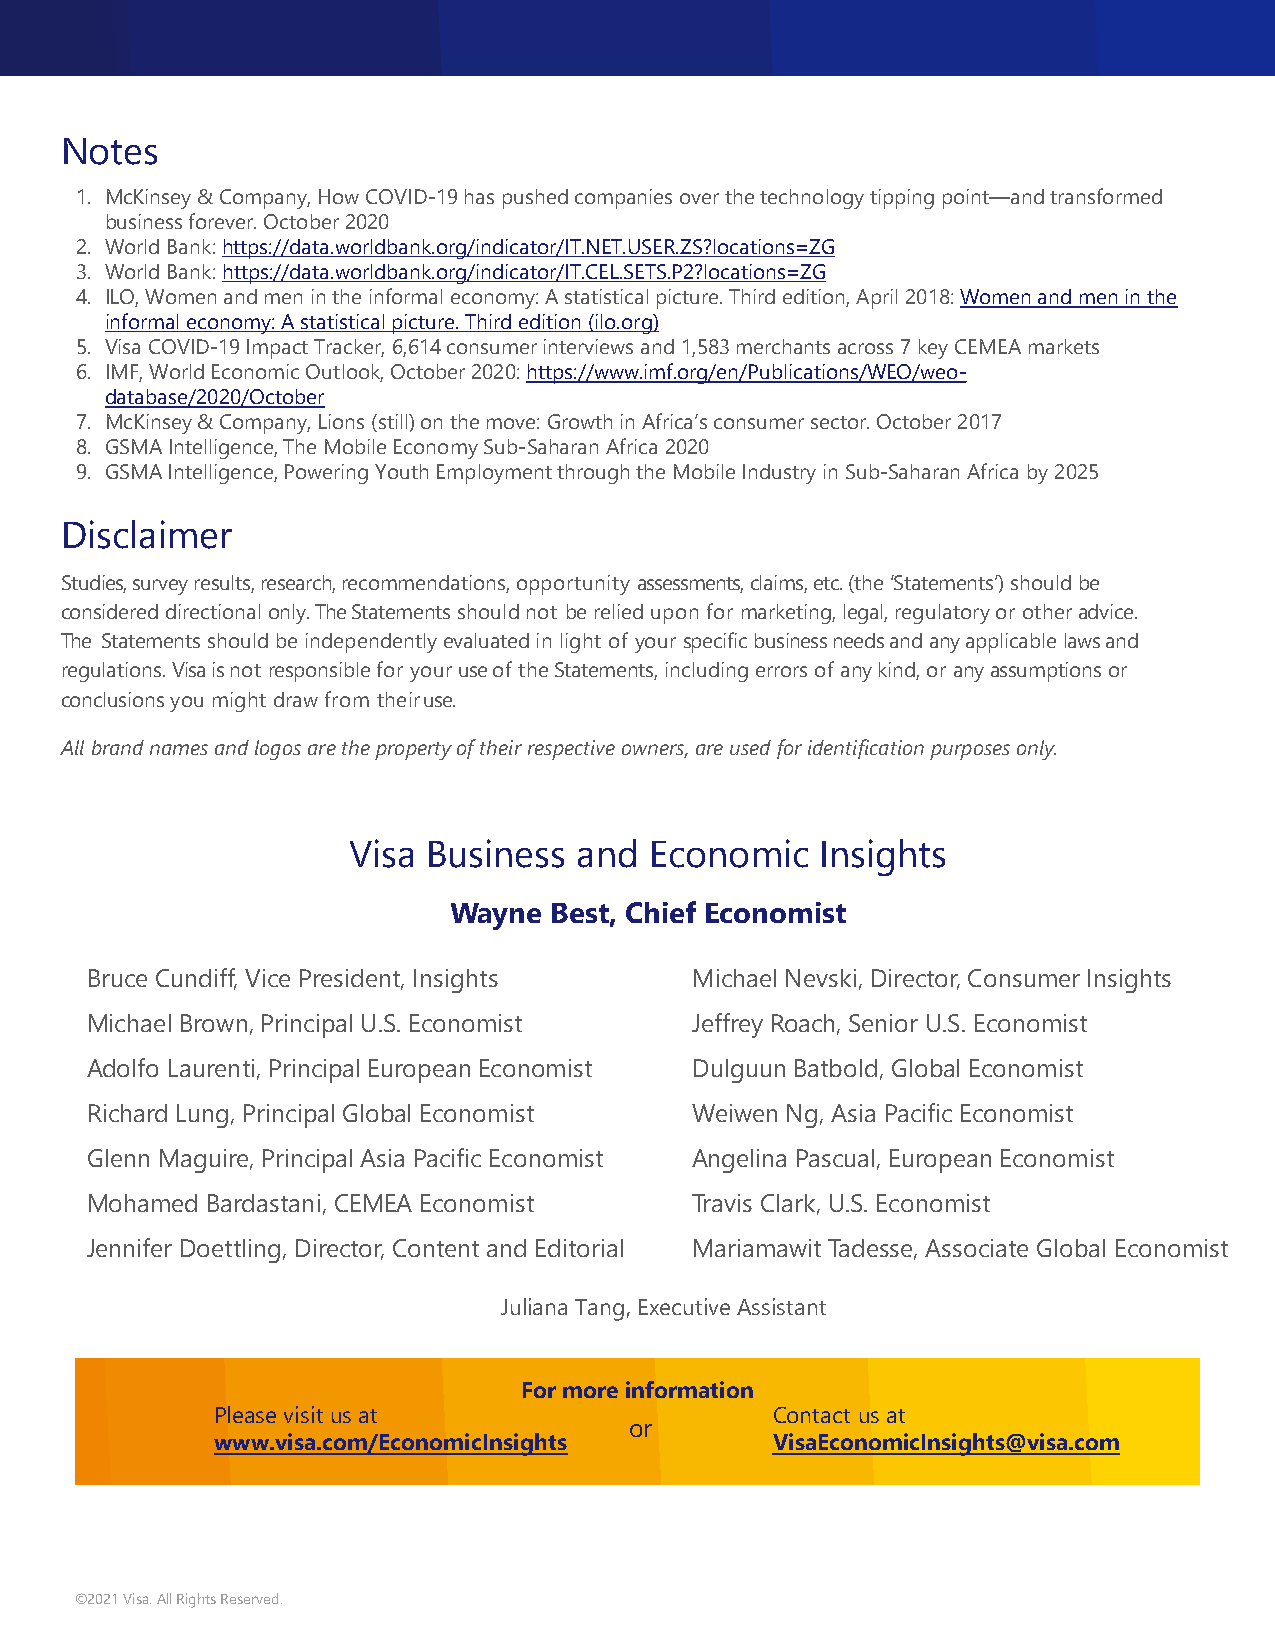
Notes
 1. McKinsey & Company, How COVID-19 has pushed companies over the technology tipping point—and transformed
 business forever. October 2020
 2. World Bank:https://data.worldbank.org/indicator/IT.NET.USER.ZS?locations=ZG
 3. World Bank:https://data.worldbank.org/indicator/IT.CEL.SETS.P2?locations=ZG
 4. ILO, Women and men in the informal economy: A statistical picture. Third edition, April 2018: Women and men in the
 informal economy: A statistical picture. Third edition (ilo.org)
 5. Visa COVID-19 Impact Tracker, 6,614 consumer interviews and 1,583 merchants across 7 key CEMEA markets
 6. IMF, World Economic Outlook, October 2020:https://www.imf.org/en/Publications/WEO/weo-
 database/2020/October
 7. McKinsey & Company, Lions (still) on the move: Growth in Africa’s consumer sector. October 2017
 8. GSMA Intelligence, The Mobile Economy Sub-Saharan Africa 2020
 9. GSMA Intelligence, Powering Youth Employment through the Mobile Industry in Sub-Saharan Africa by 2025
 Disclaimer
 Studies, survey results, research, recommendations, opportunity assessments, claims, etc. (the ‘Statements’) should be
 considered directional only. The Statements should not be relied upon for marketing, legal, regulatory or other advice.
 The Statements should be independently evaluated in light of your specific business needs and any applicable laws and
 regulations. Visa is not responsible for your use of the Statements, including errors of any kind, or any assumptions or
 conclusions you might draw from theiruse.
 All brand names and logos are the property of their respective owners, are used for identification purposes only.
 Visa Business  and  Economic   Insights
 Wayne Best, Chief Economist
 Bruce Cundiff, Vice President, Insights Michael Nevski, Director, Consumer Insights
 Michael Brown, Principal U.S. Economist Jeffrey Roach, Senior U.S. Economist
 Adolfo Laurenti, Principal European Economist Dulguun Batbold, Global Economist
 Richard Lung, Principal Global Economist Weiwen Ng, Asia Pacific Economist
 Glenn Maguire, Principal Asia Pacific Economist Angelina Pascual, European Economist
 Mohamed Bardastani, CEMEA Economist     Travis Clark, U.S. Economist
 Jennifer Doettling, Director, Content and Editorial Mariamawit Tadesse, Associate Global Economist
 Juliana Tang, Executive Assistant
 For more information
 Please visit us at                   Contact us at
 or
 www.visa.com/EconomicInsights        VisaEconomicInsights@visa.com
 ©2021 Visa. All Rights Reserved.